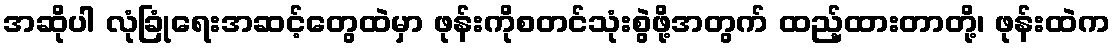
အဆိုပါ လုံခြုံရေးအဆင့်တွေထဲမှာ ဖုန်းကိုစတင်သုံးစွဲဖို့အတွက် ထည့်ထားတာတို့၊ ဖုန်းထဲက